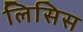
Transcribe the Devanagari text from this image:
लिसिस